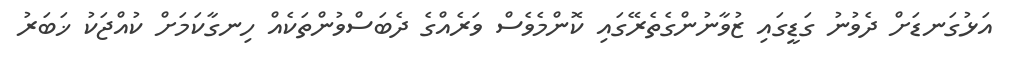
އަޅުގަނޑަށް ދެވުނު ގަޑީގައި ޒުވާނުންގެތެރޭގައި ކޮންމެވެސް ވަރެއްގެ ދެބަސްވުންތަކެއް ހިނގާކަމަށް ކުއްޖަކު ޚަބަރު